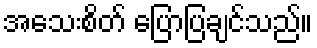
အသေးစိတ် ပြောပြချင်သည်။